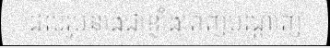
ដល់រូបនាងជាខ្លាំងពេញបណ្តាញ